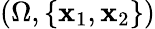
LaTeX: (\Omega,\{ \mathbf{x}_{1},\mathbf{x}_{2}\} )